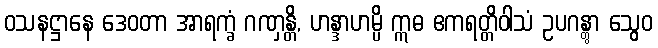
ဝသနဋ္ဌာနေ ဒေဝတာ အာရက္ခံ ဂဏှန္တိ, ဟန္ဒာဟမ္ပိ ဣဓ ဧကရတ္တိဝါသံ ဥပဂန္တွာ သွေဝ